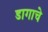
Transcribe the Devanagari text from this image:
डागाचे